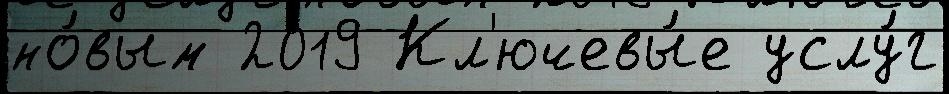
но́вым 2019 Кл'ючевы́е услу́г